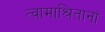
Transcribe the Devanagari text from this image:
त्वामाश्रितानां